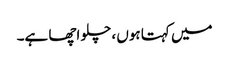
میں کہتا ہوں ، چلو اچھا ہے۔